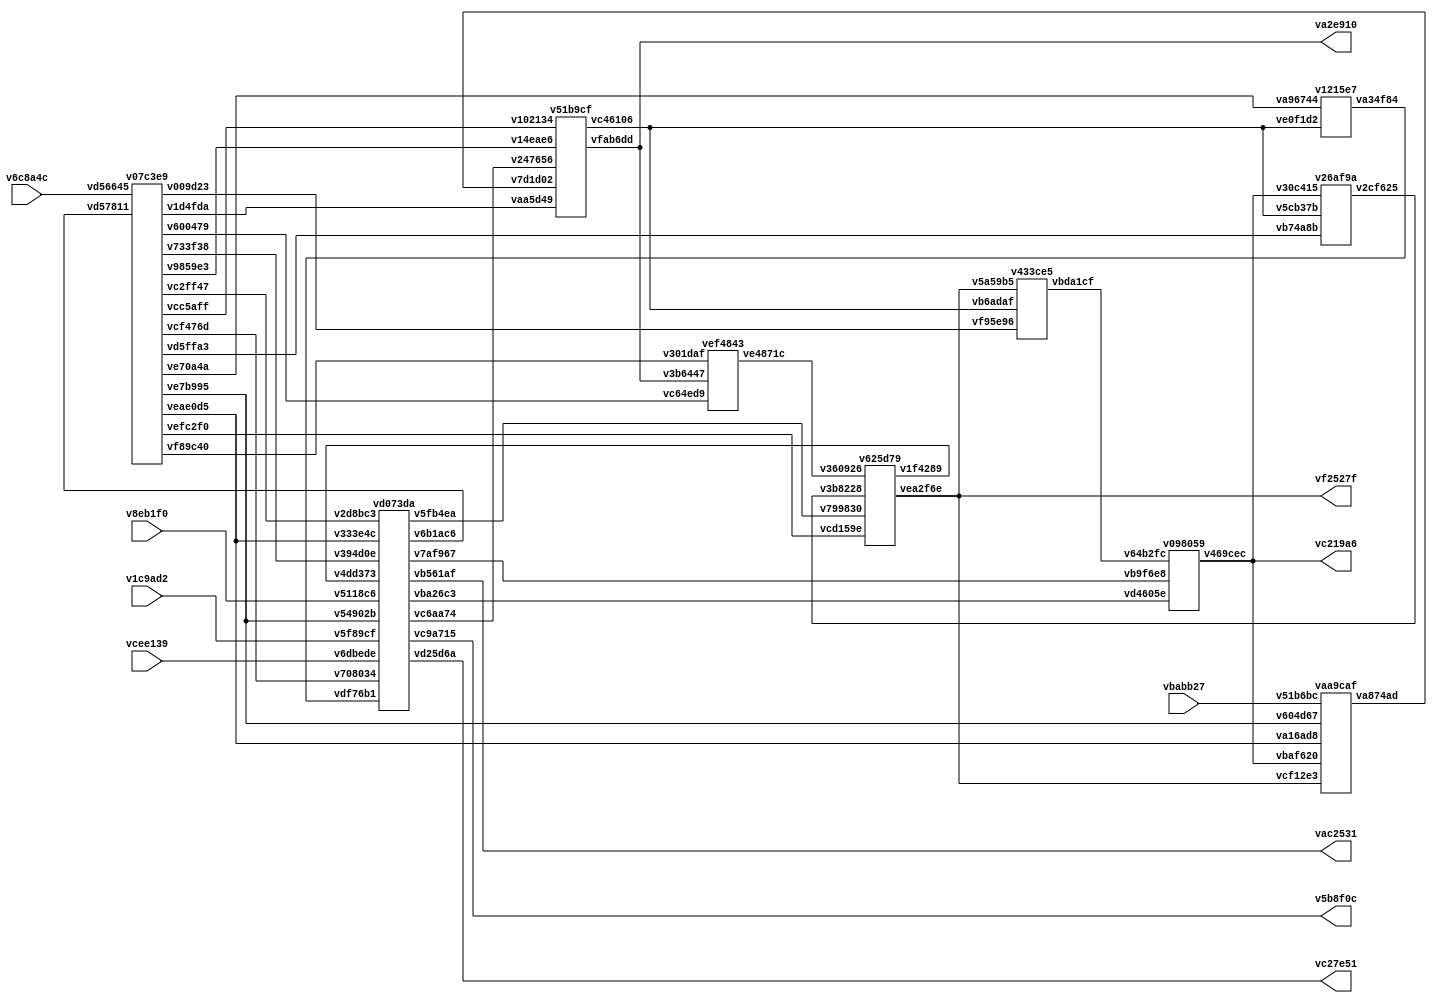
// Code generated by Icestudio 0.11.0-rc2

`default_nettype none

//---- Top entity
module main (
 input [31:0] vbabb27,
 input [31:0] v6c8a4c,
 input vcee139,
 input v1c9ad2,
 input v8eb1f0,
 output [31:0] vf2527f,
 output [31:0] va2e910,
 output vc27e51,
 output vac2531,
 output v5b8f0c,
 output [25:0] vc219a6
);
 wire w0;
 wire w1;
 wire w2;
 wire w3;
 wire [0:5] w4;
 wire [0:5] w5;
 wire [0:5] w6;
 wire [0:5] w7;
 wire w8;
 wire [0:31] w9;
 wire [0:31] w10;
 wire [0:31] w11;
 wire [0:31] w12;
 wire w13;
 wire [0:31] w14;
 wire [0:31] w15;
 wire w16;
 wire w17;
 wire w18;
 wire [0:25] w19;
 wire [0:31] w20;
 wire [0:31] w21;
 wire w22;
 wire [0:31] w23;
 wire [0:31] w24;
 wire [0:31] w25;
 wire w26;
 wire w27;
 wire w28;
 wire [0:31] w29;
 wire w30;
 wire w31;
 wire w32;
 wire w33;
 wire w34;
 wire w35;
 wire w36;
 wire w37;
 wire [0:25] w38;
 wire w39;
 wire [0:25] w40;
 wire [0:25] w41;
 wire w42;
 wire w43;
 wire [0:31] w44;
 wire [0:31] w45;
 assign w9 = vbabb27;
 assign w15 = v6c8a4c;
 assign vc27e51 = w16;
 assign vac2531 = w17;
 assign v5b8f0c = w18;
 assign vf2527f = w23;
 assign va2e910 = w24;
 assign w31 = v1c9ad2;
 assign w32 = v8eb1f0;
 assign w35 = vcee139;
 assign vc219a6 = w40;
 assign w20 = w10;
 assign w21 = w12;
 assign w23 = w10;
 assign w23 = w20;
 assign w25 = w12;
 assign w25 = w21;
 assign w28 = w8;
 assign w29 = w24;
 assign w37 = w36;
 assign w40 = w38;
 assign w41 = w38;
 assign w41 = w40;
 v07c3e9 vc2f165 (
  .v733f38(w0),
  .vcf476d(w1),
  .vc2ff47(w2),
  .vefc2f0(w4),
  .v1d4fda(w5),
  .vcc5aff(w6),
  .v9859e3(w7),
  .ve7b995(w8),
  .vd56645(w15),
  .v009d23(w22),
  .vd5ffa3(w26),
  .vd57811(w27),
  .veae0d5(w36),
  .ve70a4a(w42),
  .vf89c40(w43),
  .v600479(w44)
 );
 v098059 v44d510 (
  .vb9f6e8(w3),
  .v64b2fc(w19),
  .vd4605e(w33),
  .v469cec(w38)
 );
 vd073da v710b38 (
  .v394d0e(w0),
  .v708034(w1),
  .v2d8bc3(w2),
  .v7af967(w3),
  .vdf76b1(w13),
  .vd25d6a(w16),
  .vb561af(w17),
  .vc9a715(w18),
  .v6b1ac6(w27),
  .v54902b(w28),
  .vc6aa74(w30),
  .v5f89cf(w31),
  .v5118c6(w32),
  .vba26c3(w33),
  .v5fb4ea(w34),
  .v6dbede(w35),
  .v333e4c(w37),
  .v4dd373(w39)
 );
 v51b9cf v9b2244 (
  .vaa5d49(w5),
  .v102134(w6),
  .v14eae6(w7),
  .v7d1d02(w11),
  .vc46106(w12),
  .vfab6dd(w24),
  .v247656(w30)
 );
 v625d79 vab0f0a (
  .vcd159e(w4),
  .vea2f6e(w10),
  .v360926(w14),
  .v799830(w34),
  .v1f4289(w39),
  .v3b8228(w45)
 );
 vaa9caf v0ca40e (
  .v604d67(w8),
  .v51b6bc(w9),
  .vcf12e3(w10),
  .va874ad(w11),
  .va16ad8(w36),
  .vbaf620(w38)
 );
 v1215e7 v64a763 (
  .ve0f1d2(w12),
  .va34f84(w13),
  .va96744(w42)
 );
 vef4843 v19f6e3 (
  .ve4871c(w14),
  .v3b6447(w29),
  .v301daf(w43),
  .vc64ed9(w44)
 );
 v433ce5 v059689 (
  .vbda1cf(w19),
  .v5a59b5(w20),
  .vb6adaf(w21),
  .vf95e96(w22)
 );
 v26af9a v1647fe (
  .v5cb37b(w25),
  .vb74a8b(w26),
  .v30c415(w41),
  .v2cf625(w45)
 );
endmodule

//---- Top entity
module v07c3e9 (
 input [31:0] vd56645,
 input vd57811,
 input v39aa65,
 output vd5ffa3,
 output [31:0] v600479,
 output vf89c40,
 output [5:0] vefc2f0,
 output [5:0] v1d4fda,
 output [5:0] vcc5aff,
 output [5:0] v9859e3,
 output veae0d5,
 output v733f38,
 output ve7b995,
 output vcf476d,
 output vc2ff47,
 output ve70a4a,
 output v009d23
);
 wire [0:31] w0;
 wire w1;
 wire w2;
 wire [0:5] w3;
 wire w4;
 wire w5;
 wire w6;
 wire w7;
 wire w8;
 wire w9;
 wire w10;
 wire w11;
 wire w12;
 wire [0:31] w13;
 wire [0:5] w14;
 wire [0:5] w15;
 wire [0:5] w16;
 assign w0 = vd56645;
 assign w1 = vd57811;
 assign w2 = v39aa65;
 assign vefc2f0 = w3;
 assign vf89c40 = w4;
 assign ve7b995 = w5;
 assign veae0d5 = w6;
 assign ve70a4a = w7;
 assign v009d23 = w8;
 assign vc2ff47 = w9;
 assign vcf476d = w10;
 assign v733f38 = w11;
 assign vd5ffa3 = w12;
 assign v600479 = w13;
 assign v9859e3 = w14;
 assign vcc5aff = w15;
 assign v1d4fda = w16;
 v07c3e9_vb2d435 vb2d435 (
  .Instruktion(w0),
  .DekodierSignal(w1),
  .Reset(w2),
  .FunktionsCode(w3),
  .ImmediateAktiv(w4),
  .JALBefehl(w5),
  .LoadBefehl(w6),
  .Sprungbedingung(w7),
  .AbsoluterSprung(w8),
  .BedingterSprungBefehl(w9),
  .UnbedingterSprungBefehl(w10),
  .StoreBefehl(w11),
  .RelativerSprung(w12),
  .IDaten(w13),
  .ZielRegister(w14),
  .QuellRegister2(w15),
  .QuellRegister1(w16)
 );
endmodule

//---------------------------------------------------
//-- Instruktionsdekodierer
//-- - - - - - - - - - - - - - - - - - - - - - - - --
//-- 
//---------------------------------------------------

module v07c3e9_vb2d435 (
 input [31:0] Instruktion,
 input DekodierSignal,
 input Reset,
 output [5:0] QuellRegister1,
 output [5:0] QuellRegister2,
 output [5:0] ZielRegister,
 output [31:0] IDaten,
 output ImmediateAktiv,
 output [5:0] FunktionsCode,
 output JALBefehl,
 output RelativerSprung,
 output LoadBefehl,
 output StoreBefehl,
 output UnbedingterSprungBefehl,
 output BedingterSprungBefehl,
 output AbsoluterSprung,
 output Sprungbedingung
);
 
 //Aktuell gespeicherte Befehl
 reg [31:0] AktuellerBefehl;
 
 //Wires fr Lesbaren Code
 wire[5:0] Opcode;
 wire[1:0] Format;
 wire[1:0] Kategorie;
 wire[4:0] ZRegister;
 wire[4:0] Q1Register;
 wire[4:0] Q2Register;
 wire[5:0] Funktion;
 wire[5:0] FunktionAnfang;
 wire[15:0] KleinerImmediate;
 wire[25:0] GrosserImmediate;
 wire[3:0] GleitkommaBefehl;
 
 assign Opcode = AktuellerBefehl[31:26];
 assign Format = AktuellerBefehl[31:30];
 assign Kategorie = AktuellerBefehl[5:4];
 assign ZRegister = AktuellerBefehl[25:21];
 assign Q1Register = AktuellerBefehl[20:16];
 assign Q2Register = AktuellerBefehl[15:11];
 assign Funktion = AktuellerBefehl[5:0];
 assign FunktionAnfang = AktuellerBefehl[30:26];
 assign KleinerImmediate = AktuellerBefehl[15:0];
 assign GrosserImmediate = AktuellerBefehl[25:0];
 assign GleitkommaBefehl = AktuellerBefehl[3:0];
 
 //wichtige Befehle die einzeln behandelt werden muessen
 localparam[5:0] LoadCode   = 6'b111000;
 localparam[5:0] LoadSCode  = 6'b111001;
 localparam[5:0] StoreCode  = 6'b111010;
 localparam[5:0] StoreSCode = 6'b111011;
 localparam[5:0] JregCode   = 6'b111100;
 localparam[5:0] BezCode    = 6'b111101;
 localparam[5:0] BNezCode   = 6'b111110;
 localparam[5:0] JALCode    = 6'b111111;
 localparam[5:0] JmpCode    = 6'b010000;
 localparam[5:0] AddisCode  = 6'b110000;
 
 //wichtige Formate die behandelt werden muessen
 localparam[1:0] RegisterFormat = 2'b00;
 localparam[1:0] JumpFormat = 2'b01;
 localparam ImmediateFormat = 1'b1;
 localparam FloatVergleich = 1'b1;
 localparam[1:0] Arithmetik = 2'b00;
 localparam[1:0] Vergleich = 2'b01;
 localparam[1:0] Gleitkomma = 2'b10;
 localparam[1:0] Vektor = 2'b11;
 
 //START LOGIK
 
 always @(posedge Reset or posedge DekodierSignal) begin
     if(Reset)
         AktuellerBefehl <= 32'b00000000000000000000000000000000;
     else begin
         AktuellerBefehl <= Instruktion;
     end
 end
 
 assign QuellRegister1 =         {((Format == RegisterFormat && Kategorie == Gleitkomma) ? 1'b1 : 1'b0), Q1Register};
 
 assign QuellRegister2 =         (Opcode == StoreCode) ? {1'b0, ZRegister}:
                                 (Opcode == StoreSCode) ? {1'b1, ZRegister}:
                                 {((Format == RegisterFormat && Kategorie == Gleitkomma) ? 1'b1 : 1'b0), Q2Register};
 
 assign ZielRegister =           (Opcode==LoadSCode || Opcode == StoreSCode || ((Format == RegisterFormat && Kategorie == Gleitkomma && GleitkommaBefehl < 8)) ? {1'b1, ZRegister}:
                                 (((Format == RegisterFormat) || (Format[1] == ImmediateFormat)) ? {1'b0, ZRegister}:
                                 6'b0));
 
 assign IDaten =                 (Format == JumpFormat) ? {6'b0, GrosserImmediate} :
                                 (Opcode == AddisCode) ? {KleinerImmediate, 16'b0} : 
                                 (Format[1] == ImmediateFormat && Opcode > AddisCode && Opcode < LoadCode) ? {16'b0, KleinerImmediate} :
                                 (Format[1] == ImmediateFormat) ? {{16{KleinerImmediate[15]}}, KleinerImmediate} :
                                 32'b0;
 
 assign ImmediateAktiv =         (Format == JumpFormat || Format[1] == ImmediateFormat);
                             
 assign FunktionsCode =          (Format == RegisterFormat) ? Funktion :
                                 ((Opcode == AddisCode || Format == JumpFormat||(Opcode >= LoadCode && Opcode <= JALCode)) ? 6'b0:
                                 {1'b0,FunktionAnfang});
 
 assign JALBefehl =              (Opcode == JALCode);
 
 assign RelativerSprung =        (Opcode == JALCode || Opcode == JmpCode || Opcode == BezCode || Opcode == BNezCode);
 
 assign AbsoluterSprung =        (Opcode == JregCode);                               
 
 assign LoadBefehl =             (Opcode == LoadCode || Opcode == LoadSCode);
 
 assign StoreBefehl =            (Opcode == StoreCode || Opcode == StoreSCode);
 
 assign UnbedingterSprungBefehl =(Opcode == JregCode || Opcode == JALCode || Opcode == JmpCode);
 
 assign BedingterSprungBefehl =  (Opcode == BezCode || Opcode == BNezCode); 
 
 assign Sprungbedingung =           (Opcode == BezCode);
endmodule
//---- Top entity
module v098059 (
 input [25:0] v64b2fc,
 input vb9f6e8,
 input vd4605e,
 input vfd4a34,
 output [25:0] v469cec
);
 wire [0:25] w0;
 wire [0:25] w1;
 wire w2;
 wire w3;
 wire w4;
 assign v469cec = w0;
 assign w1 = v64b2fc;
 assign w2 = vb9f6e8;
 assign w3 = vd4605e;
 assign w4 = vfd4a34;
 v098059_v6a75bb v6a75bb (
  .AktuellerPc(w0),
  .NeuerPC(w1),
  .SchreibSignal(w2),
  .TaktSignal(w3),
  .Reset(w4)
 );
endmodule

//---------------------------------------------------
//-- Programmzhler
//-- - - - - - - - - - - - - - - - - - - - - - - - --
//-- 
//---------------------------------------------------

module v098059_v6a75bb (
 input [25:0] NeuerPC,
 input SchreibSignal,
 input TaktSignal,
 input Reset,
 output [25:0] AktuellerPc
);
 reg[25:0] programmzahler;
 reg[25:0] AktuellerPC;
 always @(posedge TaktSignal or posedge Reset) begin
     if(Reset)
         AktuellerPC <= 25'b0;
     else begin
         if(SchreibSignal)
             AktuellerPC <= NeuerPC + 1'b1;
         else
             AktuellerPC <= AktuellerPC + 1'b1;
     end
 end
endmodule
//---- Top entity
module vd073da (
 input v333e4c,
 input v394d0e,
 input v54902b,
 input v708034,
 input v2d8bc3,
 input vdf76b1,
 input v6dbede,
 input v5f89cf,
 input v5118c6,
 input v4dd373,
 input v9d2ce3,
 input v581dfa,
 output vc6aa74,
 output v5fb4ea,
 output vd25d6a,
 output vb561af,
 output vc9a715,
 output v7af967,
 output vba26c3,
 output v6b1ac6
);
 wire w0;
 wire w1;
 wire w2;
 wire w3;
 wire w4;
 wire w5;
 wire w6;
 wire w7;
 wire w8;
 wire w9;
 wire w10;
 wire w11;
 wire w12;
 wire w13;
 wire w14;
 wire w15;
 wire w16;
 wire w17;
 wire w18;
 wire w19;
 assign w0 = v333e4c;
 assign w1 = v394d0e;
 assign w2 = v54902b;
 assign w3 = v708034;
 assign w4 = v2d8bc3;
 assign w5 = vdf76b1;
 assign w6 = v4dd373;
 assign w7 = v6dbede;
 assign w8 = v5f89cf;
 assign w9 = v5118c6;
 assign w10 = v9d2ce3;
 assign w11 = v581dfa;
 assign vc6aa74 = w12;
 assign v5fb4ea = w13;
 assign vd25d6a = w14;
 assign vb561af = w15;
 assign vc9a715 = w16;
 assign v7af967 = w17;
 assign vba26c3 = w18;
 assign v6b1ac6 = w19;
 vd073da_ve6caed ve6caed (
  .LoadBefehl(w0),
  .StoreBefehl(w1),
  .JALBefehl(w2),
  .UnbedingterSprungBefehl(w3),
  .BedingterSprungBefehl(w4),
  .Bedingung(w5),
  .ALUFertig(w6),
  .BefehlGeladen(w7),
  .DatenGeladen(w8),
  .DatenGespeichert(w9),
  .Clock(w10),
  .Reset(w11),
  .RegisterSchreibSignal(w12),
  .ALUStartSignal(w13),
  .LoadBefehlSignal(w14),
  .LoadDatenSignal(w15),
  .StoreDatenSignal(w16),
  .PCSprungSignal(w17),
  .PCSignal(w18),
  .DekodierSignal(w19)
 );
endmodule

//---------------------------------------------------
//-- Steuerung
//-- - - - - - - - - - - - - - - - - - - - - - - - --
//-- 
//---------------------------------------------------

module vd073da_ve6caed (
 input LoadBefehl,
 input StoreBefehl,
 input JALBefehl,
 input UnbedingterSprungBefehl,
 input BedingterSprungBefehl,
 input Bedingung,
 input ALUFertig,
 input BefehlGeladen,
 input DatenGeladen,
 input DatenGespeichert,
 input Clock,
 input Reset,
 output RegisterSchreibSignal,
 output ALUStartSignal,
 output LoadBefehlSignal,
 output LoadDatenSignal,
 output StoreDatenSignal,
 output PCSprungSignal,
 output PCSignal,
 output DekodierSignal
);
   localparam FETCH = 3'b000;
     localparam DECODE = 3'b001;
     localparam ALU1 = 3'b010;
     localparam ALU = 3'b011;
     localparam WRITEBACK_JUMP = 3'b100;
     localparam WRITEBACK_STORE = 3'b101;
     localparam WRITEBACK_LOAD = 3'b110;
     localparam WRITEBACK_DEFAULT = 3'b111;
 
     reg [2:0] current_state;
     reg [2:0] next_state;
 
     //combinational portion
     
     always @(*) begin
         case(current_state)
             FETCH: begin
                 if (BefehlGeladen)
                     next_state <= DECODE;
                 else
                     next_state <= FETCH;
             end
             DECODE:
                 next_state <= ALU1;
             ALU1: begin
                 if (ALUFertig) begin
                     if (UnbedingterSprungBefehl || BedingterSprungBefehl)
                         next_state <= WRITEBACK_JUMP;
                     else if (StoreBefehl)
                         next_state <= WRITEBACK_STORE;
                     else if (LoadBefehl)
                         next_state <= WRITEBACK_LOAD;
                     else
                         next_state <= WRITEBACK_DEFAULT;
                 end
                 else
                     next_state <= ALU;
             end
             ALU: begin
                 if (ALUFertig) begin
                     if (UnbedingterSprungBefehl || BedingterSprungBefehl)
                         next_state <= WRITEBACK_JUMP;
                     else if (StoreBefehl)
                         next_state <= WRITEBACK_STORE;
                     else if (LoadBefehl)
                         next_state <= WRITEBACK_LOAD;
                     else
                         next_state <= WRITEBACK_DEFAULT;
                 end
                 else
                     next_state <= ALU;
             end
             WRITEBACK_JUMP:
                 next_state <= FETCH;
             WRITEBACK_STORE: begin
                 if (DatenGespeichert)
                     next_state <= FETCH;
                 else
                     next_state <= WRITEBACK_STORE;
             end
             WRITEBACK_LOAD: begin
                 if (DatenGeladen)
                     next_state <= WRITEBACK_DEFAULT;
                 else
                     next_state <= WRITEBACK_LOAD;
             end
             WRITEBACK_DEFAULT:
                 next_state <= FETCH;
             default:
                 next_state <= FETCH;
         endcase
     end
     
     assign LoadBefehlSignal = current_state == FETCH;
     assign DekodierSignal = current_state == DECODE;
     assign ALUStartSignal = current_state == ALU1;
     assign RegisterSchreibSignal = ((current_state == ALU || current_state == ALU1) && JALBefehl) || current_state == WRITEBACK_DEFAULT;
     assign PCSignal = current_state > ALU;
     assign StoreDatenSignal = current_state == WRITEBACK_STORE;
     assign LoadDatenSignal = current_state == WRITEBACK_LOAD;
 
     assign PCSprungSignal = UnbedingterSprungBefehl || (BedingterSprungBefehl && Bedingung);
 
     //sequential portion
 
     always @(posedge Clock) begin
         if (Reset)
             current_state <= FETCH;
         else
             current_state <= next_state;
     end
endmodule
//---- Top entity
module v51b9cf (
 input [31:0] v7d1d02,
 input [5:0] vaa5d49,
 input [5:0] v102134,
 input [5:0] v14eae6,
 input v247656,
 input v0c6cf9,
 input vf4f365,
 output [31:0] vfab6dd,
 output [31:0] vc46106
);
 wire [0:31] w0;
 wire [0:31] w1;
 wire [0:5] w2;
 wire [0:5] w3;
 wire [0:31] w4;
 wire [0:5] w5;
 wire w6;
 wire w7;
 wire w8;
 assign vfab6dd = w0;
 assign vc46106 = w1;
 assign w2 = vaa5d49;
 assign w3 = v102134;
 assign w4 = v7d1d02;
 assign w5 = v14eae6;
 assign w6 = v247656;
 assign w7 = v0c6cf9;
 assign w8 = vf4f365;
 v51b9cf_v2e62ee v2e62ee (
  .QuellDaten2(w0),
  .QuellDaten1(w1),
  .QuellRegister1(w2),
  .QuellRegister2(w3),
  .ZielDaten(w4),
  .ZielRegister(w5),
  .Schreibsignal(w6),
  .Reset(w7),
  .Clock(w8)
 );
endmodule

//---------------------------------------------------
//-- Register
//-- - - - - - - - - - - - - - - - - - - - - - - - --
//-- 
//---------------------------------------------------

module v51b9cf_v2e62ee (
 input [5:0] QuellRegister1,
 input [5:0] QuellRegister2,
 input [31:0] ZielDaten,
 input [5:0] ZielRegister,
 input Schreibsignal,
 input Reset,
 input Clock,
 output [31:0] QuellDaten1,
 output [31:0] QuellDaten2
);
 reg [31:0] registers [63:0];
 
 assign QuellDaten1 = registers[QuellRegister1];
 assign QuellDaten2 = registers[QuellRegister2];
 integer i;
 
 always @(posedge Clock) begin
     if(Reset) begin
         for (i = 0; i < 64; i = i + 1) begin
             registers[i] <= 32'b00000000000000000000000000000000; 
         end
     end
     else if(Schreibsignal) begin 
         if(ZielRegister != 0)
             registers[ZielRegister] <= ZielDaten;
     end
 end
endmodule
//---- Top entity
module v625d79 (
 input [5:0] vcd159e,
 input [31:0] v3b8228,
 input [31:0] v360926,
 input v799830,
 input va8998d,
 input v71b696,
 output v1f4289,
 output [31:0] vea2f6e
);

endmodule

//---------------------------------------------------
//-- ALU
//-- - - - - - - - - - - - - - - - - - - - - - - - --
//-- 
//---------------------------------------------------
//---- Top entity
module vaa9caf (
 input [31:0] vcf12e3,
 input [25:0] vbaf620,
 input [31:0] v51b6bc,
 input v604d67,
 input va16ad8,
 output [31:0] va874ad
);
 wire [0:31] w0;
 wire [0:31] w1;
 wire [0:25] w2;
 wire [0:31] w3;
 wire w4;
 wire w5;
 assign va874ad = w0;
 assign w1 = vcf12e3;
 assign w2 = vbaf620;
 assign w3 = v51b6bc;
 assign w4 = v604d67;
 assign w5 = va16ad8;
 vaa9caf_vf5b85c vf5b85c (
  .ZielDaten(w0),
  .ALUErgebnis(w1),
  .AktuellerPC(w2),
  .LoadErgebnis(w3),
  .JALBefehl(w4),
  .LoadBefehl(w5)
 );
endmodule

//---------------------------------------------------
//-- MultiplexerZielDaten
//-- - - - - - - - - - - - - - - - - - - - - - - - --
//-- Multiplext Datan von der ALU, vom RAM und vom Immediate Operand
//---------------------------------------------------

module vaa9caf_vf5b85c (
 input [31:0] ALUErgebnis,
 input [25:0] AktuellerPC,
 input [31:0] LoadErgebnis,
 input JALBefehl,
 input LoadBefehl,
 output [31:0] ZielDaten
);
  assign ZielDaten = (JALBefehl==1'b1)? {6'b0,AktuellerPC}:
                     ((LoadBefehl==1'b1)? LoadErgebnis:
                     ALUErgebnis);
 
endmodule
//---- Top entity
module v1215e7 (
 input va96744,
 input [31:0] ve0f1d2,
 output va34f84
);
 wire w0;
 wire w1;
 wire [0:31] w2;
 assign va34f84 = w0;
 assign w1 = va96744;
 assign w2 = ve0f1d2;
 v1215e7_v750499 v750499 (
  .Ergebnis(w0),
  .GleichNullPruefen(w1),
  .Eingang(w2)
 );
endmodule

//---------------------------------------------------
//-- Bedingungsprfer
//-- - - - - - - - - - - - - - - - - - - - - - - - --
//-- Vornort alle Bits und gibt das Ergebnis aus
//---------------------------------------------------

module v1215e7_v750499 (
 input [31:0] Eingang,
 input GleichNullPruefen,
 output Ergebnis
);
 assign Ergebnis = GleichNullPruefen ? Eingang == 32'b0:
                                       Eingang != 32'b0;
endmodule
//---- Top entity
module vef4843 (
 input [31:0] vc64ed9,
 input v301daf,
 input [31:0] v3b6447,
 output [31:0] ve4871c
);
 wire [0:31] w0;
 wire [0:31] w1;
 wire [0:31] w2;
 wire w3;
 assign ve4871c = w0;
 assign w1 = v3b6447;
 assign w2 = vc64ed9;
 assign w3 = v301daf;
 vef4843_v1f6a49 v1f6a49 (
  .Daten2(w0),
  .RegisterDaten2(w1),
  .Immediate(w2),
  .ImmediateAktiv(w3)
 );
endmodule

//---------------------------------------------------
//-- MultiplexerAluDaten
//-- - - - - - - - - - - - - - - - - - - - - - - - --
//-- Multiplext die mglichen ALU Eingnge (Register, kleiner und groer Immediate)
//---------------------------------------------------

module vef4843_v1f6a49 (
 input [31:0] RegisterDaten2,
 input [31:0] Immediate,
 input ImmediateAktiv,
 output [31:0] Daten2
);
  assign Daten2 = (ImmediateAktiv==1'b1)? Immediate:
                     RegisterDaten2;
 
endmodule
//---- Top entity
module v433ce5 (
 input [31:0] v5a59b5,
 input [31:0] vb6adaf,
 input vf95e96,
 output [25:0] vbda1cf
);
 wire [0:25] w0;
 wire [0:31] w1;
 wire [0:31] w2;
 wire w3;
 assign vbda1cf = w0;
 assign w1 = v5a59b5;
 assign w2 = vb6adaf;
 assign w3 = vf95e96;
 v433ce5_va3c7f8 va3c7f8 (
  .NeuerPC(w0),
  .RelativerPC(w1),
  .AbsoluterPC(w2),
  .IstAbsolut(w3)
 );
endmodule

//---------------------------------------------------
//-- MultiplexerNeuerPc
//-- - - - - - - - - - - - - - - - - - - - - - - - --
//-- Multiplext relative und absolute neue PCs. Die Bits 31 bis 26 werden ignoriert
//---------------------------------------------------

module v433ce5_va3c7f8 (
 input [31:0] RelativerPC,
 input [31:0] AbsoluterPC,
 input IstAbsolut,
 output [25:0] NeuerPC
);
 
  assign NeuerPC = (IstAbsolut)?AbsoluterPC[25:0]:
                                RelativerPC[25:0];
endmodule
//---- Top entity
module v26af9a (
 input [25:0] v30c415,
 input vb74a8b,
 input [31:0] v5cb37b,
 output [31:0] v2cf625
);
 wire [0:25] w0;
 wire [0:31] w1;
 wire w2;
 wire [0:31] w3;
 assign w0 = v30c415;
 assign w1 = v5cb37b;
 assign w2 = vb74a8b;
 assign v2cf625 = w3;
 v26af9a_v1a718f v1a718f (
  .AktuellerPC(w0),
  .QuellDaten1(w1),
  .RelativerSprungBefehl(w2),
  .Daten1(w3)
 );
endmodule

//---------------------------------------------------
//-- MultiplexerAluDaten2
//-- - - - - - - - - - - - - - - - - - - - - - - - --
//-- Multiplext den aktuellen PC mit den Quelldaten2
//---------------------------------------------------

module v26af9a_v1a718f (
 input [25:0] AktuellerPC,
 input [31:0] QuellDaten1,
 input RelativerSprungBefehl,
 output [31:0] Daten1
);
  assign Daten1 = (RelativerSprungBefehl==1'b1)? {6'b0,AktuellerPC}:
                     QuellDaten1;
 
endmodule